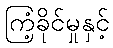
ကြံ့ခိုင်မှုနှင့်